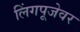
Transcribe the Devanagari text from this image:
लिंगपूजेवर